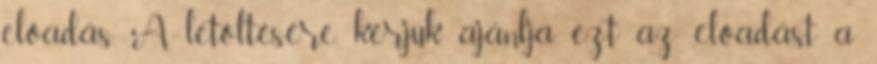
előadás. A letöltésére, kérjük, ajánlja ezt az előadást a